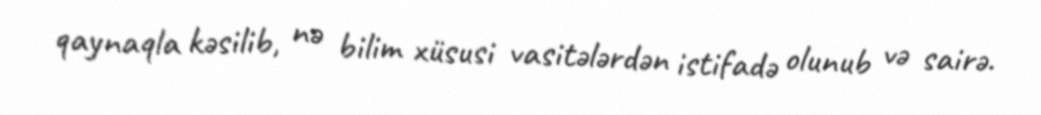
qaynaqla kəsilib, nə bilim xüsusi vasitələrdən istifadə olunub və sairə.